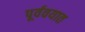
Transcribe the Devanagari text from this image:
पूर्ववयात